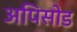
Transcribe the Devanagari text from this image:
अपिसोड